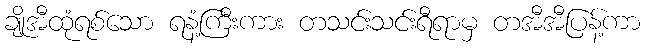
ချိုအီထုံရစ်သော ရနံ့ကြီးကား တသင်းသင်းရီရာမှ တအီအီပြန့်ကာ